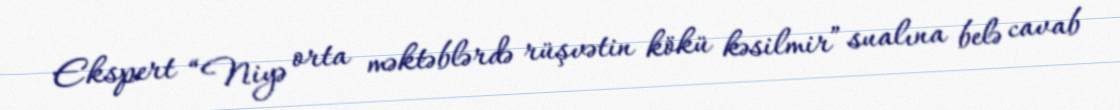
Ekspert “Niyə orta məktəblərdə rüşvətin kökü kəsilmir” sualına belə cavab